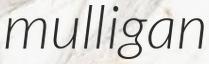
mulligan